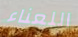
اللعناء